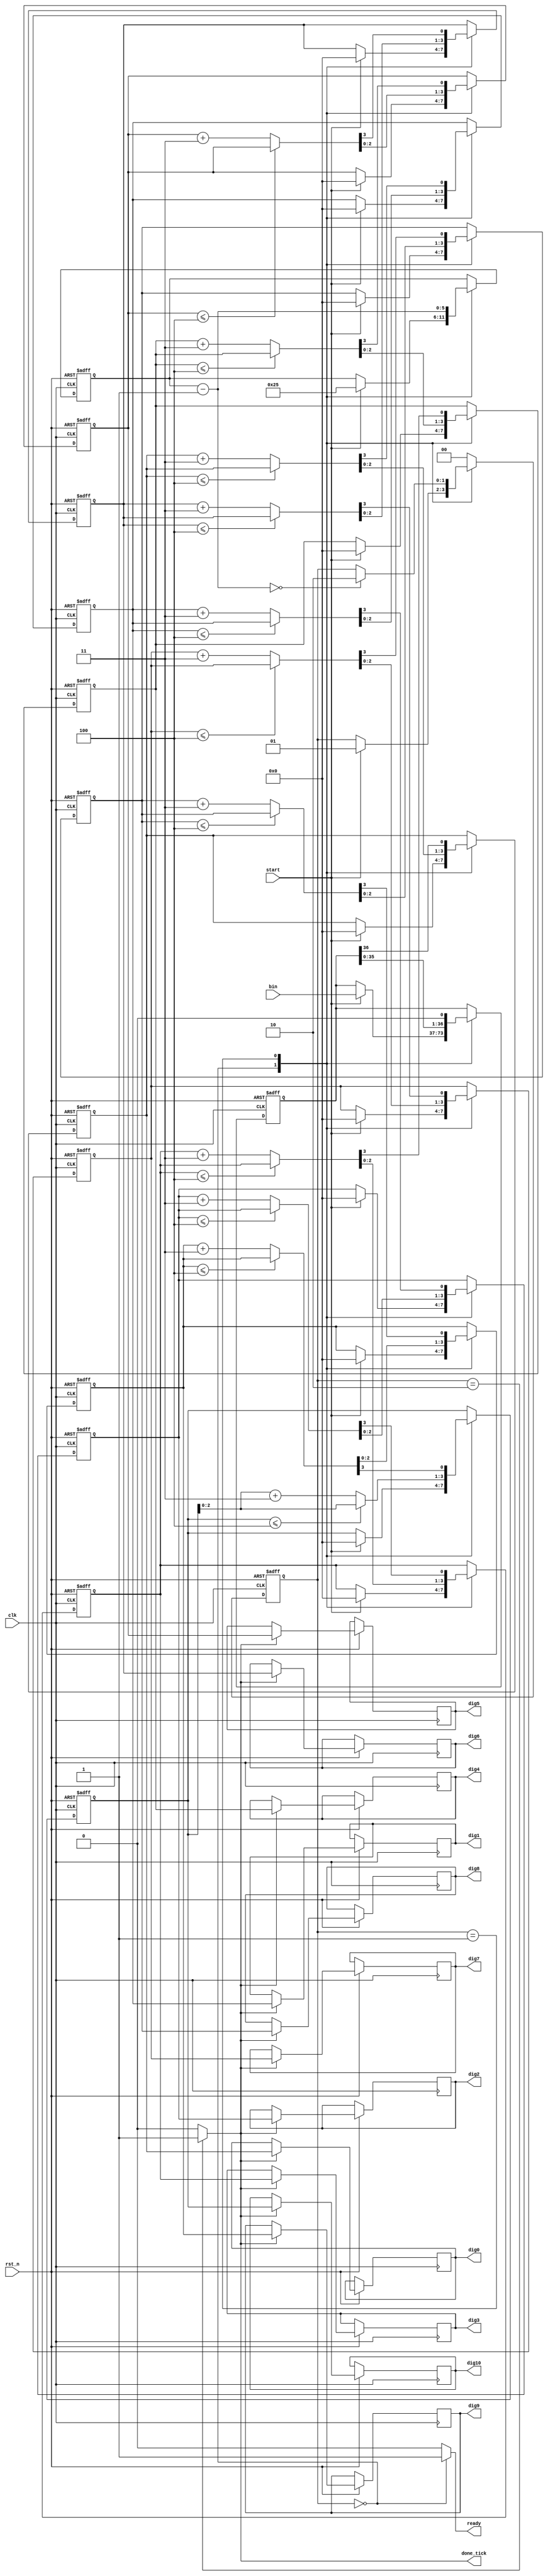
`timescale 1ns / 1ps

module bin2bcd(
	input clk,rst_n,
	input start,
	input[36:0] bin,//11 digit max of {11{9}}
	output reg ready,done_tick,
	output reg[3:0] dig0,dig1,dig2,dig3,dig4,dig5,dig6,dig7,dig8,dig9,dig10 //not all output will be used(this module is a general-purpose bin2bcd)
    );
	 //FSM declarations
	 localparam[1:0] idle=2'd0,
							op=2'd1,
							done=2'd2;
	 localparam N=37; //width of binary
	
	 reg[1:0] state_reg,state_nxt;
	 reg[36:0] bin_reg,bin_nxt; 
	 reg[3:0] dig0_reg,dig1_reg,dig2_reg,dig3_reg,dig4_reg,dig5_reg,dig6_reg,dig7_reg,dig8_reg,dig9_reg,dig10_reg;
	 reg[3:0] dig0_nxt,dig1_nxt,dig2_nxt,dig3_nxt,dig4_nxt,dig5_nxt,dig6_nxt,dig7_nxt,dig8_nxt,dig9_nxt,dig10_nxt;
	 reg[5:0] n_reg,n_nxt; //will store value of "N"
	 
	 //FSM reguster operations
	 always @(posedge clk,negedge rst_n) begin
		 if(!rst_n) begin
			state_reg<=idle;
			bin_reg<=0;
			dig0_reg<=0;
			dig1_reg<=0;
			dig2_reg<=0;
			dig3_reg<=0; 
			dig4_reg<=0; 
			dig5_reg<=0; 
			dig6_reg<=0; 
			dig7_reg<=0; 
			dig8_reg<=0; 
			dig9_reg<=0; 
			dig10_reg<=0; 
			n_reg<=0;
		 end
		 else begin
			state_reg<=state_nxt;
			bin_reg<=bin_nxt;
			dig0_reg<=dig0_nxt;
			dig1_reg<=dig1_nxt;
			dig2_reg<=dig2_nxt;
			dig3_reg<=dig3_nxt;
			dig4_reg<=dig4_nxt;
			dig5_reg<=dig5_nxt;
			dig6_reg<=dig6_nxt;
			dig7_reg<=dig7_nxt;
			dig8_reg<=dig8_nxt;
			dig9_reg<=dig9_nxt;
			dig10_reg<=dig10_nxt;
			n_reg<=n_nxt;
			
			if(done_tick) begin
				dig0=dig0_reg;
				dig1=dig1_reg;
				dig2=dig2_reg;
				dig3=dig3_reg;
				dig4=dig4_reg;
				dig5=dig5_reg;
				dig6=dig6_reg;
				dig7=dig7_reg;
				dig8=dig8_reg;
				dig9=dig9_reg;
				dig10=dig10_reg;	 
			end
			else begin //retain previous value
				dig0=dig0;
				dig1=dig1;
				dig2=dig2;
				dig3=dig3;
				dig4=dig4;
				dig5=dig5;
				dig6=dig6;
				dig7=dig7;
				dig8=dig8;
				dig9=dig9;
				dig10=dig10;
			end
		 end		 
	 end
	 //FSM next-state logics
	 always @* begin
		state_nxt=state_reg;
		bin_nxt=bin_reg;
		dig0_nxt=dig0_reg;
		dig1_nxt=dig1_reg;
		dig2_nxt=dig2_reg;
		dig3_nxt=dig3_reg;
		dig4_nxt=dig4_reg;
		dig5_nxt=dig5_reg;
		dig6_nxt=dig6_reg;
		dig7_nxt=dig7_reg;
		dig8_nxt=dig8_reg;
		dig9_nxt=dig9_reg;
		dig10_nxt=dig10_reg;
		n_nxt=n_reg;
		done_tick=0;
		ready=0;
			case(state_reg) 
				idle: begin
							ready=1;
							if(start) begin
								bin_nxt=bin;
								dig0_nxt=0;
								dig1_nxt=0;
								dig2_nxt=0;
								dig3_nxt=0;
								dig4_nxt=0;
								dig5_nxt=0;
								dig6_nxt=0;
								dig7_nxt=0;
								dig8_nxt=0;
								dig9_nxt=0;
								dig10_nxt=0;
								n_nxt=N;
								state_nxt=op;
							end
						end
				  op: begin
							dig0_nxt=(dig0_reg<=4)?dig0_reg:dig0_reg+4'd3;
							dig1_nxt=(dig1_reg<=4)?dig1_reg:dig1_reg+4'd3;
							dig2_nxt=(dig2_reg<=4)?dig2_reg:dig2_reg+4'd3;
							dig3_nxt=(dig3_reg<=4)?dig3_reg:dig3_reg+4'd3;
							dig4_nxt=(dig4_reg<=4)?dig4_reg:dig4_reg+4'd3;
							dig5_nxt=(dig5_reg<=4)?dig5_reg:dig5_reg+4'd3;
							dig6_nxt=(dig6_reg<=4)?dig6_reg:dig6_reg+4'd3;
							dig7_nxt=(dig7_reg<=4)?dig7_reg:dig7_reg+4'd3;
							dig8_nxt=(dig8_reg<=4)?dig8_reg:dig8_reg+4'd3;
							dig9_nxt=(dig9_reg<=4)?dig9_reg:dig9_reg+4'd3;
						   dig10_nxt=(dig10_reg<=4)?dig10_reg:dig10_reg+4'd3;
							
							{dig10_nxt,dig9_nxt,dig8_nxt,dig7_nxt,dig6_nxt,dig5_nxt,dig4_nxt,dig3_nxt,dig2_nxt,dig1_nxt,dig0_nxt,bin_nxt}
								={dig10_nxt,dig9_nxt,dig8_nxt,dig7_nxt,dig6_nxt,dig5_nxt,dig4_nxt,dig3_nxt,dig2_nxt,dig1_nxt,dig0_nxt,bin_nxt}<<1; //shift left by 1(just copy the left side to right side)
							n_nxt=n_reg-1;
							if(n_nxt==0) state_nxt=done;			
						end
				done: begin
							done_tick=1;
							state_nxt=idle;
						end
			default: state_nxt=idle;						
			endcase	
	 end
	 



endmodule